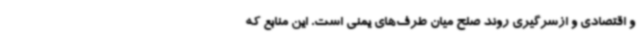
و اقتصادی و ازسرگیری روند صلح میان طرف‌های یمنی است. این منابع که